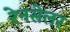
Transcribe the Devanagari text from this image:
रेनसेलर